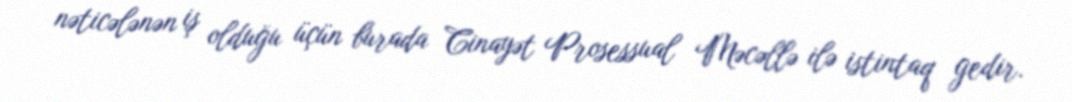
nəticələnən iş olduğu üçün burada Cinayət Prosessual Məcəllə ilə istintaq gedir.